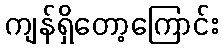
ကျန်ရှိတော့ကြောင်း